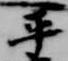
平